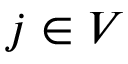
j \in V